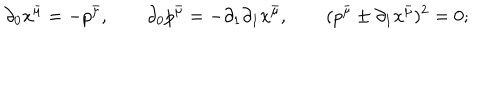
\qquad \partial _ { 0 } x ^ { \bar { \mu } } = - p ^ { \bar { \mu } } , \qquad \partial _ { 0 } p ^ { \bar { \mu } } = - \partial _ { 1 } \partial _ { 1 } x ^ { \bar { \mu } } , \qquad ( p ^ { \bar { \mu } } \pm \partial _ { 1 } x ^ { \bar { \mu } } ) ^ { 2 } = 0 ;